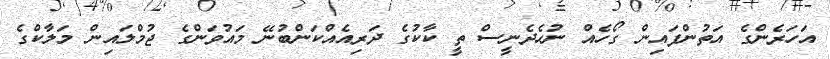
އަހަރެންގެ އަތުންފައިން ގޯހެއް ނުހެދެނީސް ތީ ކާކުގެ ދަރިއެއްކަންބުނޭ މައުވަންގެ ޖުމްލައިން މަލާކްގެ